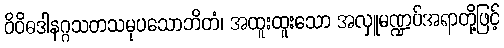
ဝိဝိဓဒါနဂ္ဂသတသမုပသောဘိတံ၊ အထူးထူးသော အလှူမဏ္ဍပ်အရာတို့ဖြင့်